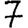
Digit: 7